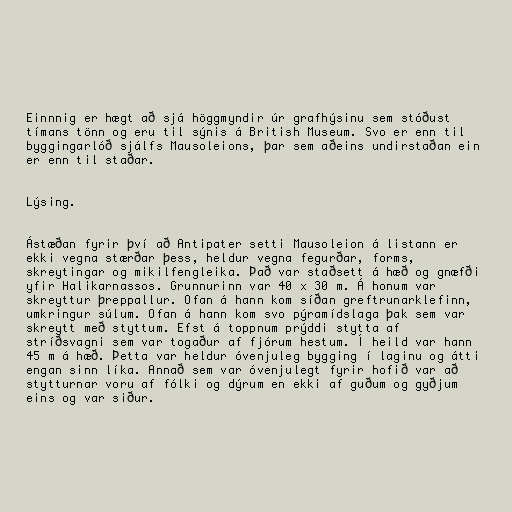
Einnnig er hægt að sjá höggmyndir úr grafhýsinu sem stóðust
tímans tönn og eru til sýnis á British Museum. Svo er enn til
byggingarlóð sjálfs Mausoleions, þar sem aðeins undirstaðan ein
er enn til staðar.

Lýsing.

Ástæðan fyrir því að Antipater setti Mausoleion á listann er
ekki vegna stærðar þess, heldur vegna fegurðar, forms,
skreytingar og mikilfengleika. Það var staðsett á hæð og gnæfði
yfir Halikarnassos. Grunnurinn var 40 x 30 m. Á honum var
skreyttur þreppallur. Ofan á hann kom síðan greftrunarklefinn,
umkringur súlum. Ofan á hann kom svo pýramídslaga þak sem var
skreytt með styttum. Efst á toppnum prýddi stytta af
stríðsvagni sem var togaður af fjórum hestum. Í heild var hann
45 m á hæð. Þetta var heldur óvenjuleg bygging í laginu og átti
engan sinn líka. Annað sem var óvenjulegt fyrir hofið var að
stytturnar voru af fólki og dýrum en ekki af guðum og gyðjum
eins og var siður.